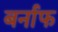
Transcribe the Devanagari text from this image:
बर्नाफ